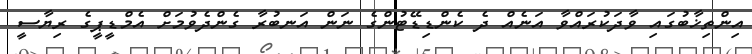
އިންތިޚާބުގައި ވާދަކުރައްވާ އަނެއް ދެ ކެންޑިޑޭޓުންގެ ނަން އަނބުރާ ގެންދެވުމަށް އެމްޑީޕީގެ ރިޔާސީ